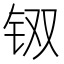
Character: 𲇵